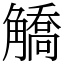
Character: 䚩